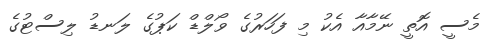
މެސީ އޮތީ ނޭމާއާ އެކު މި ފަހަރުގެ ވޯލްޑް ކަޕުގެ ލަނޑު ލިސްޓުގެ